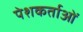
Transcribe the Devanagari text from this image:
पेशकर्ताओं